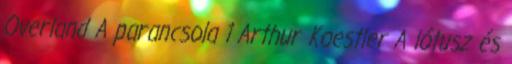
Overland A parancsola 1 Arthur Koestler A lótusz és